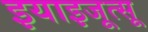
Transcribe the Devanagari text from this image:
इयाइजूत्सू